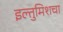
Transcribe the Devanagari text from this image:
इल्तुमिशचा